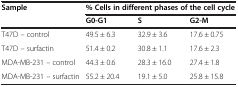
| <ROWSPAN=2> Sample | <COLSPAN=3> % Cells in different phases of the cell cycle |
 | G0-G1 | S | G2-M |
 | --- | --- | --- | --- |
 | T47D – control | 49.5 ± 6.3 | 32.9 ± 3.6 | 17.6 ± 0.75 |
 | T47D – surfactin | 51.4 ± 0.2 | 30.8 ± 1.1 | 17.6 ± 2.3 |
 | MDA-MB-231 – control | 44.3 ± 0.6 | 28.3 ± 16.0 | 27.4 ± 1.8 |
 | MDA-MB-231 – surfactin | 55.2 ± 20.4 | 19.1 ± 5.0 | 25.8 ± 15.8 |